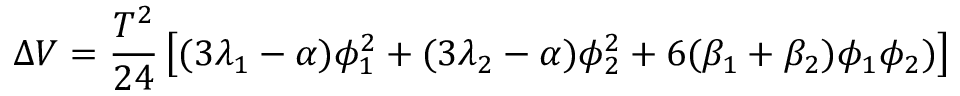
\Delta V = { \frac { T ^ { 2 } } { 2 4 } } \left[ ( 3 \lambda _ { 1 } - \alpha ) \phi _ { 1 } ^ { 2 } + ( 3 \lambda _ { 2 } - \alpha ) \phi _ { 2 } ^ { 2 } + 6 ( \beta _ { 1 } + \beta _ { 2 } ) \phi _ { 1 } \phi _ { 2 } ) \right]